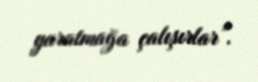
yaratmağa çalışırlar”.